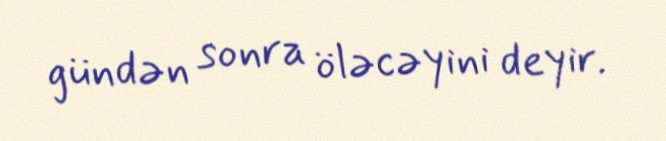
gündən sonra öləcəyini deyir.